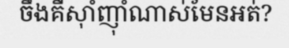
ចឹងគឺស៊ាំញ៉ាំណាស់មែនអត់?